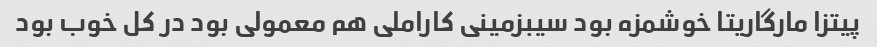
پیتزا مارگاریتا خوشمزه بود سیبزمینی کاراملی هم‌ معمولی بود در کل خوب بود